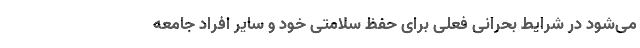
می‌شود در شرایط بحرانی فعلی برای حفظ سلامتی خود و سایر افراد جامعه